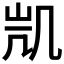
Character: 𭂲